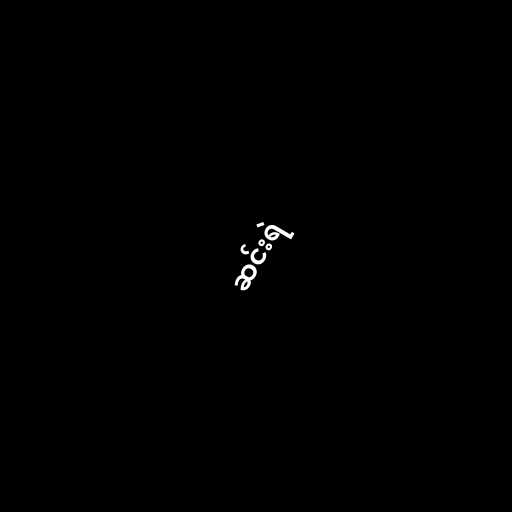
ဆင်းရဲ